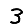
Digit: 3